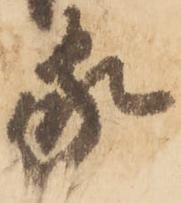
家